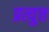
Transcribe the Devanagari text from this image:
प्रत्युत्त